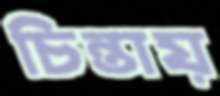
চিন্তায়